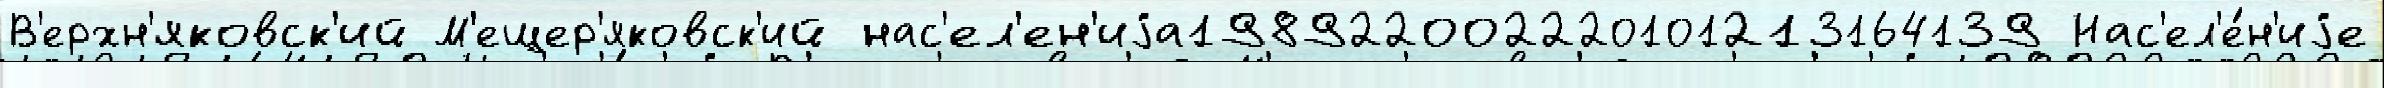
В'ерхн'яковск'ий М'ещер'яковск'ий нас'ел'ен'иjа198922002220101213164139 Нас'ел'е́н'иjе